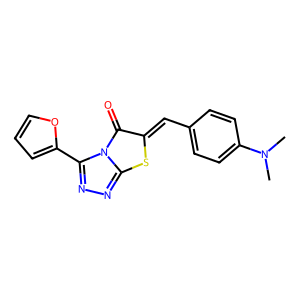
SMILES: CN(C)c1ccc(C=c2sc3nnc(-c4ccco4)n3c2=O)cc1
Inhibits HIV replication: No